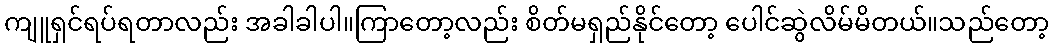
ကျူရှင်ရပ်ရတာလည်း အခါခါပါ။ကြာတော့လည်း စိတ်မရှည်နိုင်တော့ ပေါင်ဆွဲလိမ်မိတယ်။သည်တော့